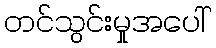
တင်သွင်းမှုအပေါ်